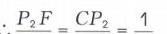
\(P_{2}F = CP_{2}=1\)